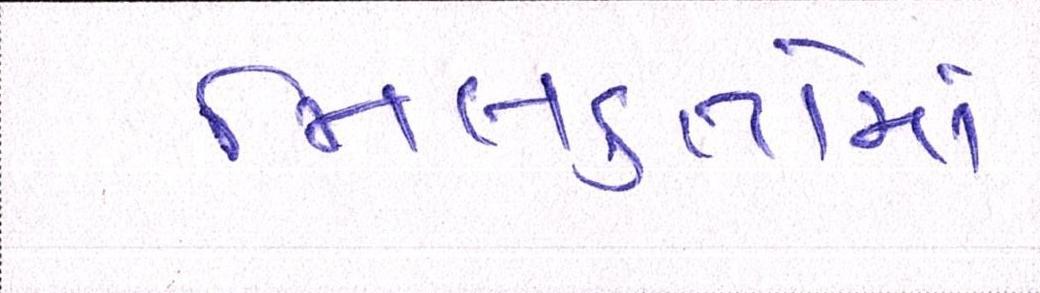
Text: મિલકતોમાં